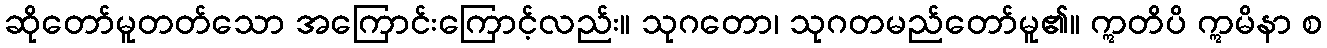
ဆိုတော်မူတတ်သော အကြောင်းကြောင့်လည်း။ သုဂတော၊ သုဂတမည်တော်မူ၏။ ဣတိပိ ဣမိနာ စ